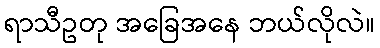
ရာသီဥတု အခြေအနေ ဘယ်လိုလဲ။